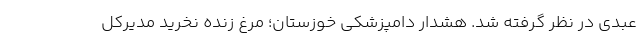
عبدی در نظر گرفته شد. هشدار دامپزشکی خوزستان؛ مرغ زنده نخرید مدیرکل